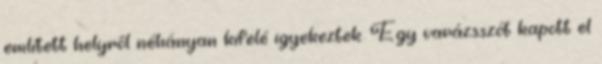
említett helyről néhányan kifelé igyekeztek. Egy varázsszót kapott el